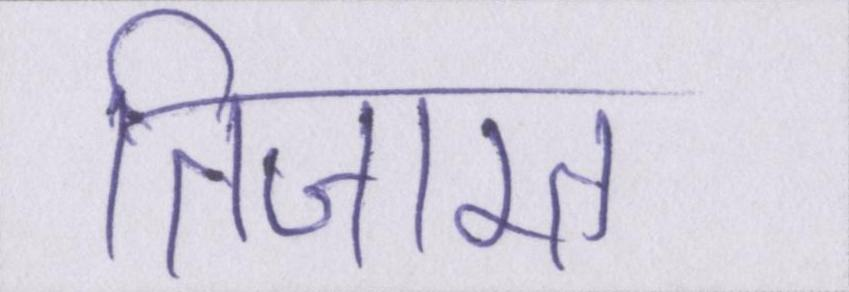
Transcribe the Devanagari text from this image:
तिजारत